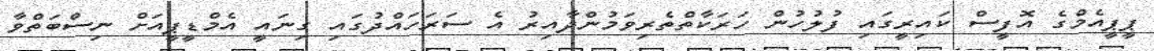
ޕީޕީއެމްގެ އޮފީސް ކައިރީގައި ފުލުހުން ހަރަކާތްތެރިވަމުންދާއިރު އެ ސަރަހައްދުގައި ގިނައީ އެމްޑީޕީއަށް ނިސްބަތްވާ